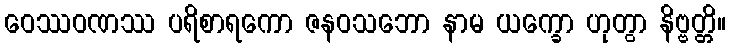
ဝေဿဝဏဿ ပရိစာရကော ဇနဝသဘော နာမ ယက္ခော ဟုတွာ နိဗ္ဗတ္တိ။